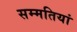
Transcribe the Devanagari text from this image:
सम्मतियां